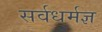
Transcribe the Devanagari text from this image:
सर्वधर्मज्ञ